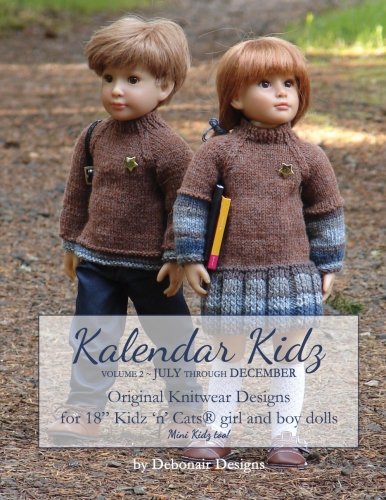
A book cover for Kalendar Kidz: Volume 2 ~ July through December: Original Knitwear Designs for 18" Kidz 'n' CatsÂ® girl and boy dolls mini Kidz too! (Volume Two); Debonair Designs; Crafts, Hobbies & Home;